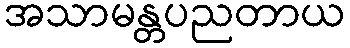
အသာမန္တပညတာယ